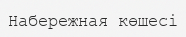
Набережная көшесі